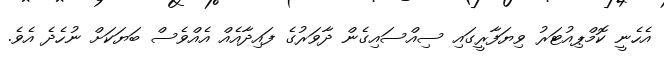
އެހެނީ ކޮމްޕިއުޓަރު ވިޔަފާރީގައި ސިއްސައިގެން ދާވަރުގެ ފައިދާއެއް އެއްވެސް ބަޔަކަށް ނުހެދެ އެވެ.